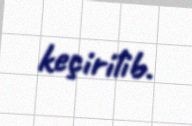
keçirilib.